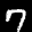
Label: 7